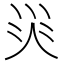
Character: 𱪺